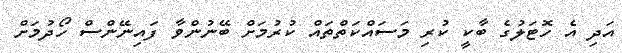
އަދި އެ ހޮޓަލުގެ ބާކީ ކުރި މަސައްކަތްތައް ކުރުމަށް ބޭނުންވާ ފައިނޭންސް ހޯދުމަށް